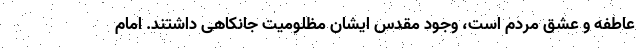
عاطفه و عشق مردم است، وجود مقدس ایشان مظلومیت جانکاهی داشتند. امام